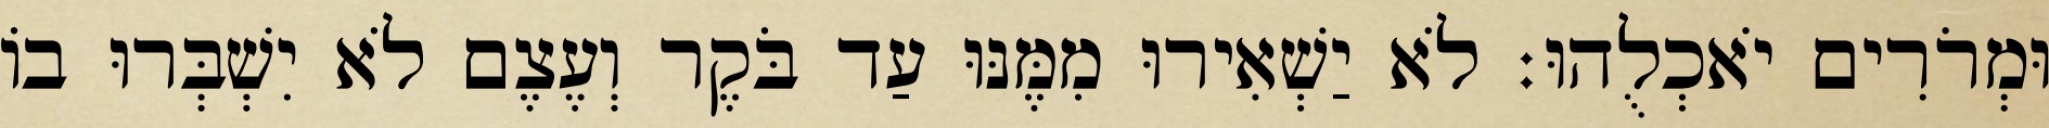
וּמְרֹרִים יֹאכְלֻהוּ׃ לֹא יַשְׁאִירוּ מִמֶּנּוּ עַד בֹּקֶר וְעֶצֶם לֹא יִשְׁבְּרוּ בוֹ